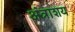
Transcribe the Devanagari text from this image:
अंत्राशय